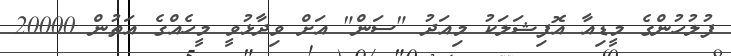
ފުލުހުންގެ މީޑިއާ އޮފިޝަލަކު މިއަދު "ސަން" އަށް ވިދާޅުވީ މީހެއްގެ އަތުން 20000